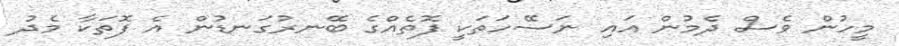
މީހުން ވެސް ދެމުން އައި ނަސޭހަތަކީ ފޮތެއްގެ ބޭނރުގަނޑުން އެ ފޮތަކާ މެދު